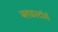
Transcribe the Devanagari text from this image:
ब्लडस्टॉर्म